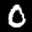
Label: 0